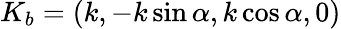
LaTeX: K_{b}=(k,-k\sin\alpha,k\cos\alpha,0)